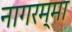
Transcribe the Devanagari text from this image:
नागरम्मा